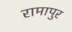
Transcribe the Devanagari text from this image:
रामापुर